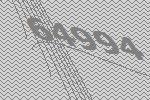
64994